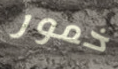
خمور